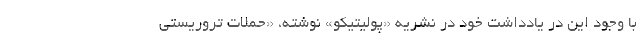
با وجود این در یادداشت خود در نشریه «پولیتیکو» نوشته، «حملات تروریستی